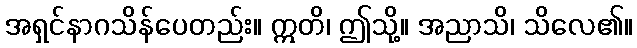
အရှင်နာဂသိန်ပေတည်း။ ဣတိ၊ ဤသို့။ အညာသိ၊ သိလေ၏။